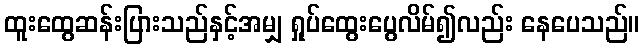
ထူးထွေဆန်းပြားသည်နှင့်အမျှ ရှုပ်ထွေးပွေလိမ်၍လည်း နေပေသည်။